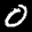
Label: 0